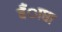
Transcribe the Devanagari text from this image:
बँाधा